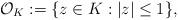
LaTeX: \begin{gather*} \mathcal{O}_K:=\{z\in K:|z|\le 1\}, \end{gather*}